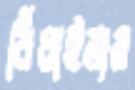
বিঁধাইলাম